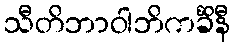
သီတိဘာဝါဘိကင်္ခိနီ